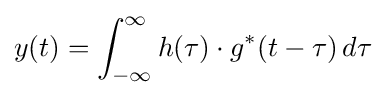
y(t)=\int _{-\infty }^{\infty }h(\tau )\cdot g^{*}(t-\tau )\,d\tau